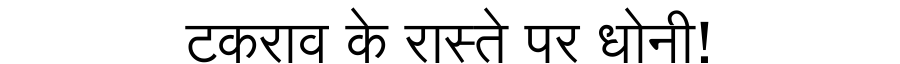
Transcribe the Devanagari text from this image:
टकराव के रास्ते पर धोनी!